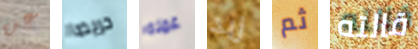
عن حريصا عمله زبد ثم قالته